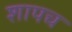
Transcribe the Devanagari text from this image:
शापच